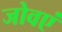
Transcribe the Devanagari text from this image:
जोवएं